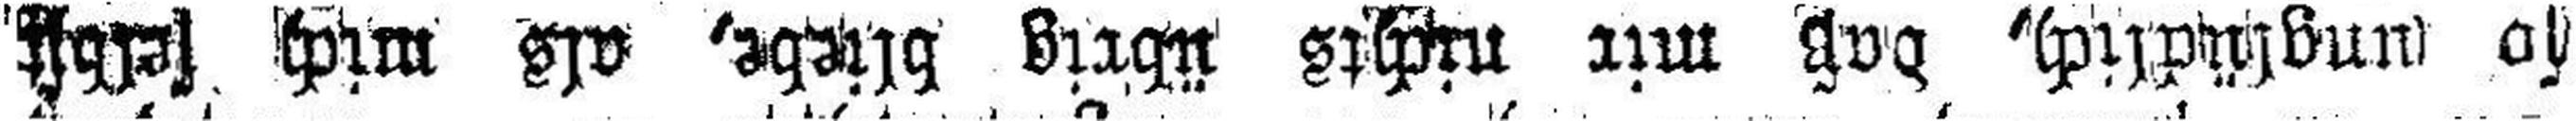
so unglücklich, daß mir nichts übrig bliebe, als mich selbst